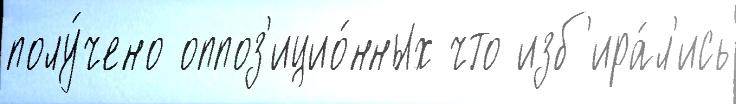
полу́чено оппоз'ицио́нных что изб'ира́л'ись